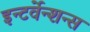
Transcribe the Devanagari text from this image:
इन्टर्वेन्शन्स